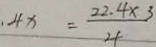
、 - 4 x = \frac { 2 2 . 4 \times 3 } { 4 }